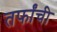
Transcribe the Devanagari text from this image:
तर्फांची